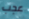
عجب